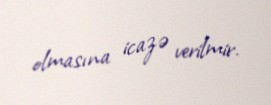
olmasına icazə verilmir.